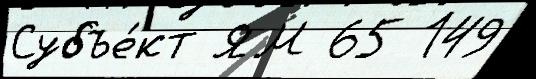
Субъе́кт ЯМ 65 149